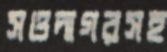
সওদাগরসহ